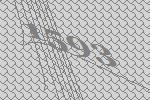
1593